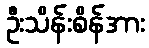
ဦးသိန်းစိန်အား